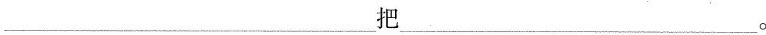
___把___。